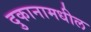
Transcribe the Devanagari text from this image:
दुकानामधील